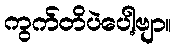
ကွက်တိပဲပေါ့ဗျာ။